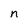
Character: n